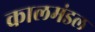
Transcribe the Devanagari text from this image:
कालमंडल